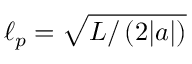
\ell _ { p } = \sqrt { L / \left( 2 | a | \right) }